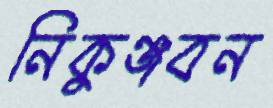
নিকুঞ্জবন